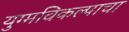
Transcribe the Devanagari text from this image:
युग्मविकल्पाचा